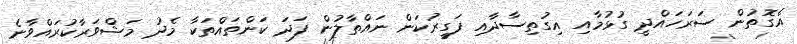
އެގޮތުން ސަރަހައްދީ ގުޅުމާއި އިގުތިސާދާއި ފަގީރުކަން ނައްތާލުން ފަދަ ކަންތައްތަކާ މެދު މަޝްވަރާކުރައްވާނެ